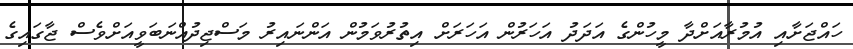
ހައްޖަށާއި އުމުރާއަށްދާ މީހުންގެ އަދަދު އަހަރުން އަހަރަށް އިތުރުވަމުން އަންނައިރު މަސްޖިދުއްނަބަވީއަށްވެސް ޖާގައިގެ